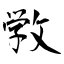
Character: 敩